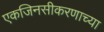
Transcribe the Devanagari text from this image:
एकजिनसीकरणाच्या